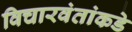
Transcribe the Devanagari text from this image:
विचारवंतांकडे